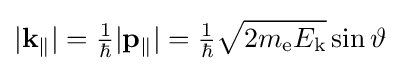
|\mathbf {k} _{\Vert }|={\tfrac {1}{\hbar }}|\mathbf {p_{\Vert }} |={\tfrac {1}{\hbar }}{\sqrt {2m_{\text{e}}E_{\text{k}}}}\sin \vartheta